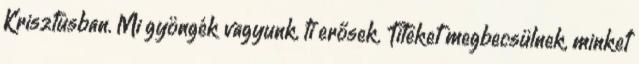
Krisztusban. Mi gyöngék vagyunk, ti erősek. Titeket megbecsülnek, minket